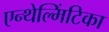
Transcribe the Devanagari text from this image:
एन्थेल्मिंटिका